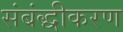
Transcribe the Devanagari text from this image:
संबंद्धीकरण